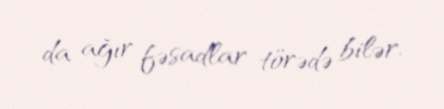
da ağır fəsadlar törədə bilər.